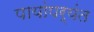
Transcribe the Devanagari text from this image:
पायांपर्यंत